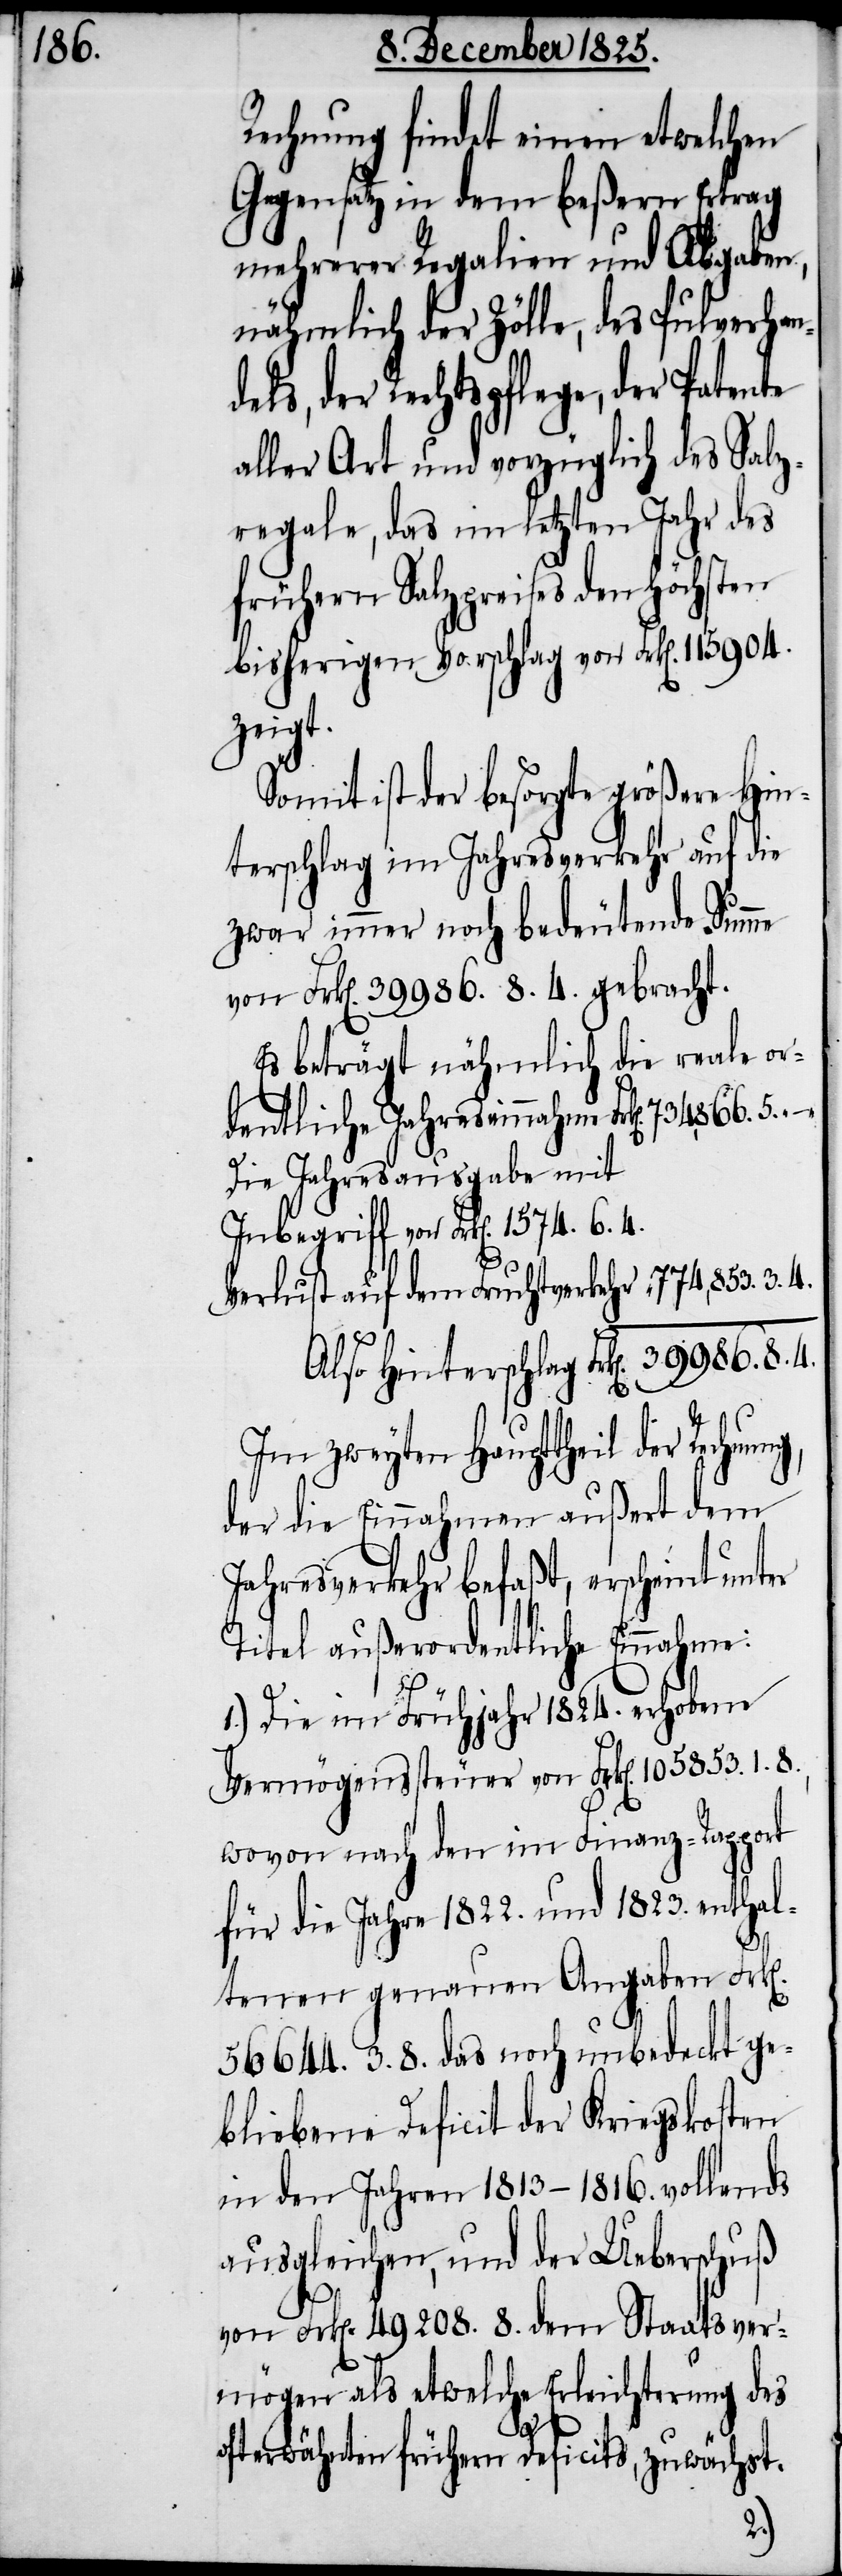
986.

Rechnung findet einen etwelchen
Gegensatz in dem beßern Ertrag
mehrerer Regalien und Abgaben,
nähmlich der Zölle, des Pulverhan¬
dels, der Rechtspflege, der Patente
aller Art und vorzüglich des Salz¬
regale, das im letzten Jahr des
frühern Sachpreises den höchsten
bisherigen Vorschlag von Frk[en]. 115904.
zeigt.
Somit ist der besorgte größere Hin¬
terschlag im Jahresverkehr auf die
zwar immer noch bedeutende Summe
von Frk[en]. 39 986. 8. 4. gebracht.
Es beträgt nähmlich die reale or¬
dentliche Jahreseinnahme
Die Jahresausgabe mit
Inbegriff von Frk[en]. 1574. 6. 4.
Im zweyten Haupttheil der
der die Einnahmen außert dem
Jahresverkehr befaßt, erscheint unter
Titel außerordentliche Einnahme:
1.) Die im Frühjahr 1824. erhobene
Vermögenssteuer von Frk[en]. 105 853. 1. 8.,
wovon nach den im Finanz-Rapport
für die Jahre 1822. und 1823. enthal¬
n].
tenen genauen Angaben Frk[e¬
56 644. 3. 8. das noch unbedeckt ge¬
blieben Deficit der Kriegskosten
in den Jahren 1813–1816. vollends
ausgleichen, und der Ueberschuß
von Frk[en]. 49 208. 8. dem Staatsver¬
mögen als etwelche Erleichterung des
4.
oft erwähnten frühern Deficits, zuwächst.